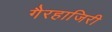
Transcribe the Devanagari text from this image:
गैरहाजिरी